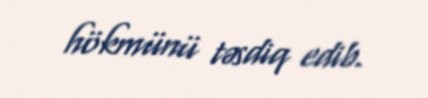
hökmünü təsdiq edib.